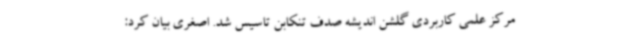
مرکز علمی کاربردی گلشن اندیشه صدف تنکابن تاسیس شد. اصغری بیان کرد: